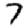
Digit: 7